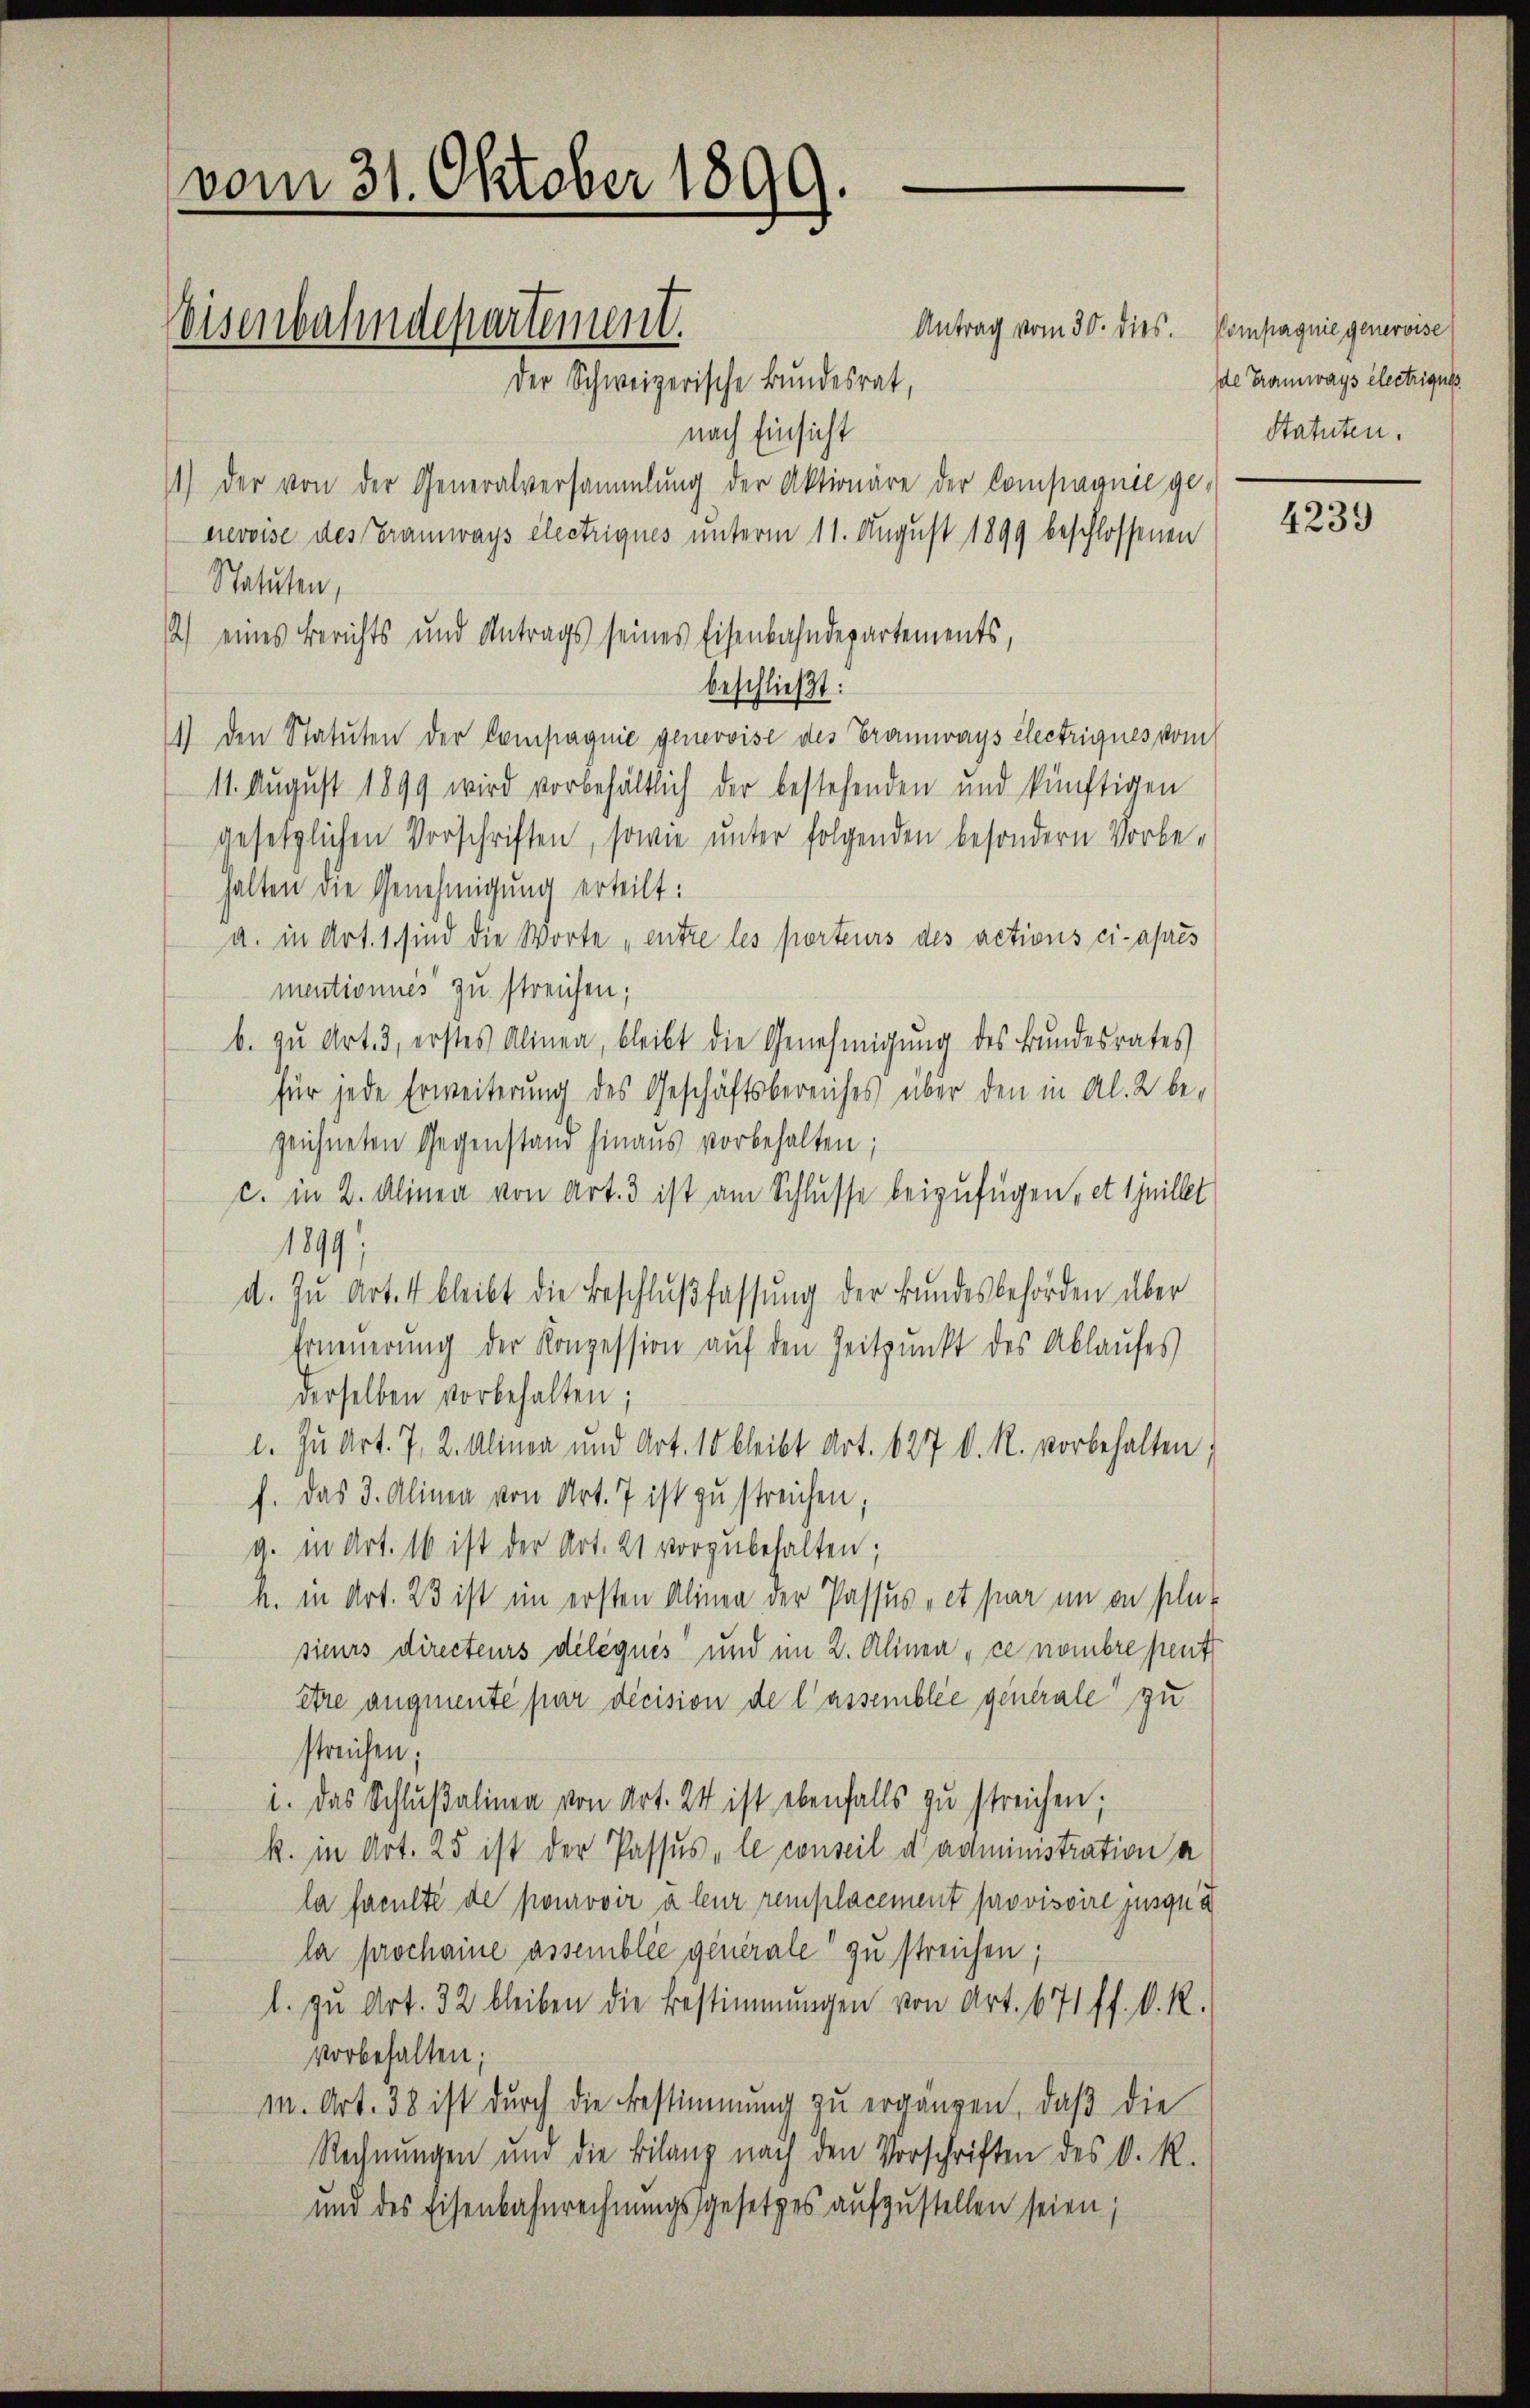
vom 31. Oktober 1899.

Weisenbahndepartement.

nach Einsicht
11) Der von der Generalversammlung der Aktionäre der Compagnie ge-
nevoise des Gramways électrigues unterm 11. August 1899 beschlossenen
Statuten,
) eines Berichts und Antrags seines Eisenbahndepartements,
beschließt:
1) den Statuten der Compagnie genevoise des Tramways électrigues vom
11. August 1899 wird vorbehältlich der bestehenden und künftigen
gesetzlichen Vorschriften, sowie unter folgenden besondern Vorbehalten die Genehmigung erteilt:
a. in Art. 1 sind die Worte entre les porteurs des actions ci-après
mentionnes zu streichen;
b. zu Art. 3, erstes Alinea, bleibt die Genehmigung des Bundesrates
für jede Erweiterung des Geschäftsbereiches über den in Al. 2 be-
zeichneten Gegenstand hinaus vorbehalten;
c. in 2. Alinea von Art. 3 ist am Schlusse beizufügen, et 1jnillet
1899;
d. Zu Art. 4 bleibt die Beschlußfassung der Bundesbehörden über
Erneuerung der Konzession auf den Zeitpunkt des Ablaufes
derselben vorbehalten;
l. Zu Art. 7. 2. Alinea und Art. 10 bleibt Art. 627 d. R. vorbehalten,
f. Das 3. Alinen von Art. 7 ist zu streichen
g. in Art. 16 ist der Art. 21 vorzubehalten;
h. in Art. 23 ist im ersten Alinea der Passus, et par im in plus
sieurs directeurs déléquis und im 2. Alinea , ce nombre peut
être angerente par decision de lassemblée generale zu
streichen;
i. Das Schlŭβalinea von Art. 24 ist ebenfalls zu streichen;
k. in Art. 25 ist der Passus „le conseil d’administration a
la faculté de pourovir à leur remplacement provisoire jusqua
la prochaine assemblée generale zu streichen;
l. zu Art. 32 bleiben die Bestimmungen von Art. 671 ff. d. R.
vorbehalten;
M. Art. 38 ist durch die Bestimmung zu ergängen, daß die
Rechnungen und die Bilanz nach den Vorschriften des D. R.
und des Eisenbahnrechnungsgesetzes aufzustellen seien;

Der Schweizerische Bundesrat,

Antrag vom 30. dies. Compagnie generoise

de Tramways électrigues
Statuten.

4239